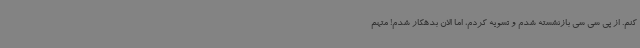
کنم. از پی سی سی بازنشسته شدم و تسویه کردم، اما الان بدهکار شدم! متهم